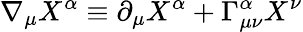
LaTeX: \nabla_{\mu}X^{\alpha}\equiv\partial_{\mu}X^{\alpha}+\Gamma_{\mu\nu}^{\alpha}X^{\nu}